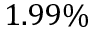
1 . 9 9 \%